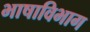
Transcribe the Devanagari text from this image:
भाषाविभाग